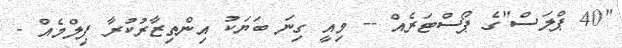
"40 ޕްލަސް"ގެ ޕޯސްޓަރެއް -- މިއީ ގިނަ ބަޔަކު އިންތިޒާރުކުރާ ފިލްމެއް -